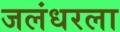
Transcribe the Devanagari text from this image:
जलंधरला